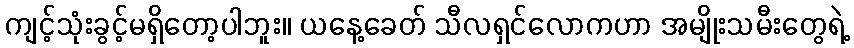
ကျင့်သုံးခွင့်မရှိတော့ပါဘူး။ ယနေ့ခေတ် သီလရှင်လောကဟာ အမျိုးသမီးတွေရဲ့